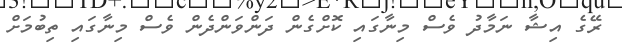
ރޭގެ އިޝާ ނަމާދު ވެސް މިނާގައި ކޮށްގެން ދަންވަންދެން ވެސް މިނާގައި ތިބުމަށް